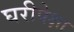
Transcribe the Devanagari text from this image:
घरीपेक्षा